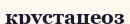
крустацеоз